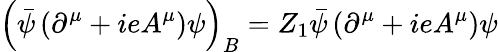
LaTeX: \left({\bar{\psi}}\left(\partial^{\mu}+ieA^{\mu}\right)\psi\right)_{B}=Z_{1}{\bar{\psi}}\left(\partial^{\mu}+ieA^{\mu}\right)\psi